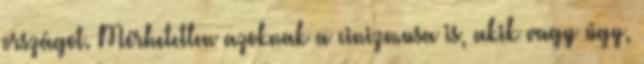
országot. Mérhetetlen azoknak a cinizmusa is, akik vagy úgy,